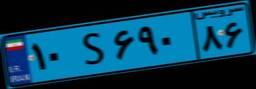
۱۰S۶۹۰۸۶